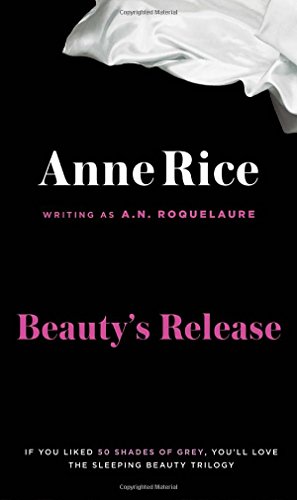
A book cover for Beauty's Release: A Novel (Sleeping Beauty Trilogy); A. N. Roquelaure; Romance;